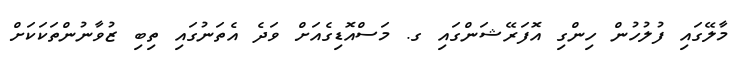
މާލޭގައި ފުލުހުން ހިންގި އޮފަރޭޝަންގައި ގ. މަސްއޮޑިގެއަށް ވަދެ އެތަނުގައި ތިބި ޒުވާނުންތަކަކަށް